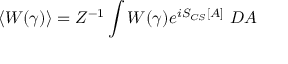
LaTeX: \langle W ( \gamma ) \rangle = Z ^ { - 1 } \int W ( \gamma ) e ^ { i S _ { C S } [ A ] } \ { \cal D } A